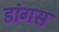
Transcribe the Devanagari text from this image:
डांगस